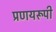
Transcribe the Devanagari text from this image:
प्रणयरूपी